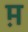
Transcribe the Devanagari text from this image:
म़